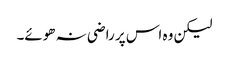
لیکن وہ اس پر راضی نہ ھوئے۔